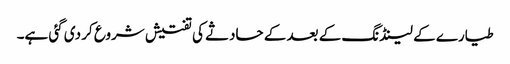
طیارے کے لینڈنگ کے بعد کے حادثے کی تفتیش شروع کر دی گئی ہے۔